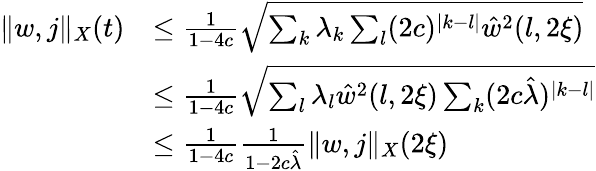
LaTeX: \begin{array}{rl}{\Vert w,j\Vert_{X}(t)}&{\le\frac 1{1-4c}\sqrt{\sum_{k}\lambda_{k}\sum_{l}(2c)^{\vert k-l\vert}\hat{w}^{2}(l,2\xi)}}\\ &{\le\frac 1{1-4c}\sqrt{\sum_{l}\lambda_{l}\hat{w}^{2}(l,2\xi)\sum_{k}(2c\hat{\lambda})^{\vert k-l\vert}}}\\ &{\le\frac 1{1-4c}\frac 1{1-2c\hat{\lambda}}\Vert w,j\Vert_{X}(2\xi)}\end{array}